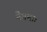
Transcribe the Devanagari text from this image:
नैगमाः